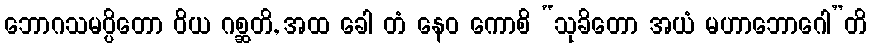
ဘောဂသမပ္ပိတော ဝိယ ဂစ္ဆတိ, အထ ခေါ တံ နေဝ ကောစိ “သုခိတော အယံ မဟာဘောဂေါ”တိ